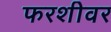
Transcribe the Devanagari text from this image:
फरशीवर